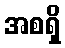
အစရှိ